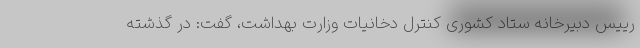
رییس دبیرخانه ستاد کشوری کنترل دخانیات وزارت بهداشت، گفت: در گذشته